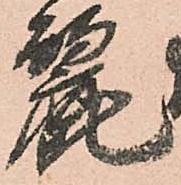
麗